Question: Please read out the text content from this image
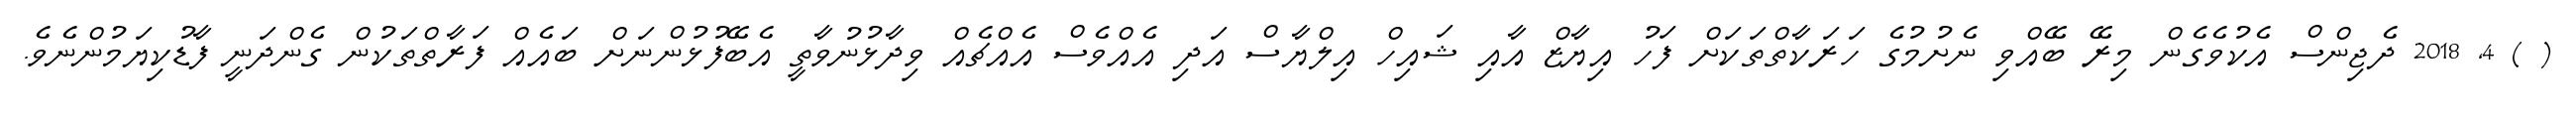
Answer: ( ) 4, 2018 ދެޖިންސް އެކުވެގެން މިރޭ ބޭއްވި ނެށުމުގެ ހަރަކާތްތަކަށް ފަހު އިޔާޒް އާއި ޝައިހް އިލްޔާސް އަދި އެއްވެސް އެއްޗެއް ވިދާޅުނުވާތީ އެބޭފުޅުންނަށް ބައެއް ފަރާތްތަކުން ގެންދަނީ ފާޑުކިޔަމުންނެވެ.